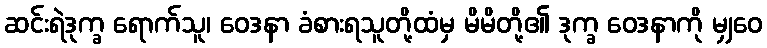
ဆင်းရဲဒုက္ခ ရောက်သူ၊ ဝေဒနာ ခံစားရသူတို့ထံမှ မိမိတို့၏ ဒုက္ခ ဝေဒနာကို မျှဝေ